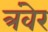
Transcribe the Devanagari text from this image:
त्रंवेर